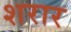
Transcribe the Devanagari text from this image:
शरार